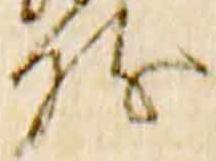
儀